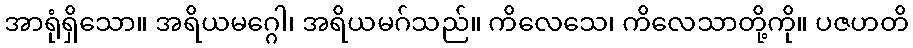
အာရုံရှိသော။ အရိယမဂ္ဂေါ၊ အရိယမဂ်သည်။ ကိလေသေ၊ ကိလေသာတို့ကို။ ပဇဟတိ